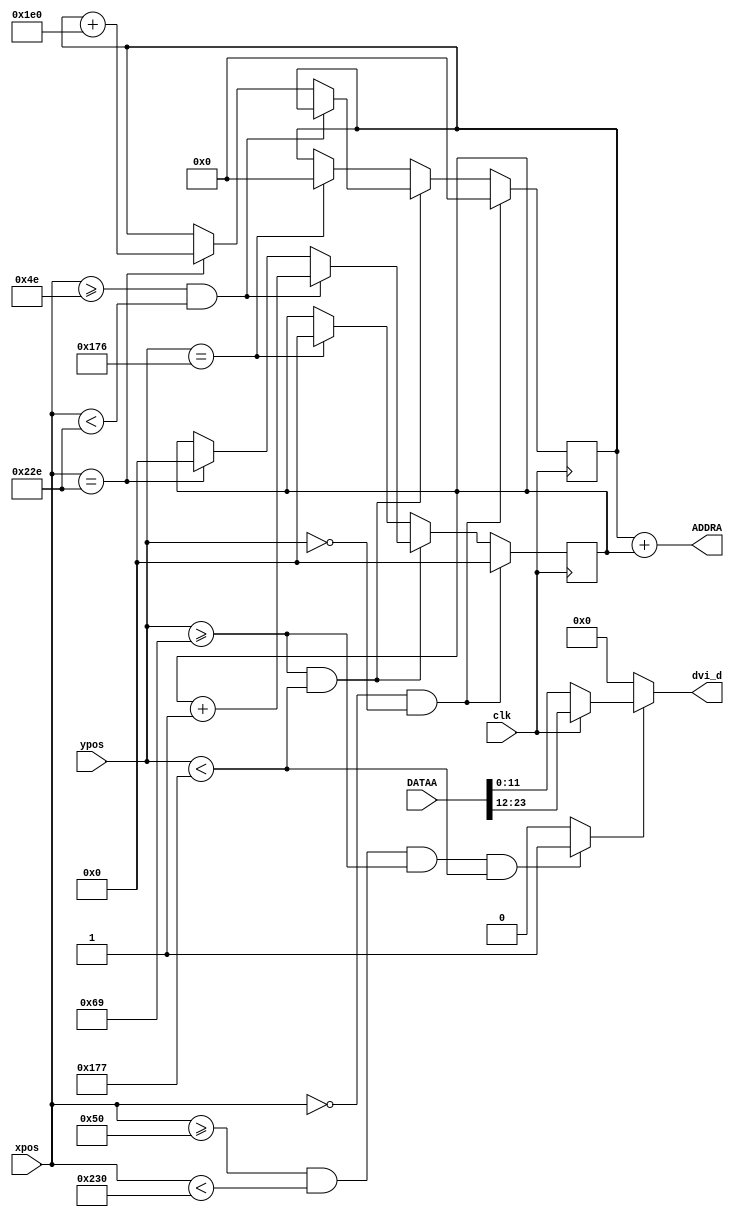
`timescale 1ns / 1ps
//////////////////////////////////////////////////////////////////////////////////
// Company: 
// Engineer: 
// 
// Design Name: 
// Module Name:    draw 
// Project Name: 
// Target Devices: 
// Tool versions: 
// Description: 
//
// Dependencies: 
//
// Revision: 
// Revision 0.01 - File Created
// Additional Comments: 
//
//////////////////////////////////////////////////////////////////////////////////
module draw(
	input		 	  clk,
	input		[9:0]xpos,
	input		[9:0]ypos,
	input		[23:0]DATAA,
	output	[16:0]ADDRA,
	output	[11:0]dvi_d
    );
	wire valid;
	assign valid = ((xpos>=10'd80)&&(xpos<10'd560)&&(ypos>=10'd105)&&(ypos<10'd375))?1'b1:1'b0;//rom
	
	reg [16:0]base;	//
	reg [8:0]offset;	//
	always@(posedge clk)
	begin
		if((xpos==0)&&(ypos==0))
		begin
			base <= 0;
			offset <= 0;
		end
		else if((ypos>=105)&&(ypos<375))
		begin
			if((xpos>=78)&&(xpos<558))
			begin
				offset <= offset + 1; 
				base   <= base;
			end
			else if(xpos==558)
			begin
				offset <= 0;
				base   <= base + 480;
			end
			else 
			begin
				offset <= offset;
				base   <= base;
			end
		end
		else if(ypos==374)
		begin
			offset <= 0;
			base   <= 0;
		end
		else
		begin
			offset <= offset;
			base   <= base;
		end
	end
	
	assign ADDRA = base+offset;
	
/*	reg [7:0]RED,GREEN,BLUE;
	always@(posedge clk)
	begin
		if(valid)
		begin
			RED   = DATAA[23:16];
			GREEN = DATAA[15:8];
			BLUE  = DATAA[7:0];
		end
		else
		begin
			RED 	= 8'b0;
			GREEN = 8'b0;
			BLUE 	= 8'b0;
		end
	end

	assign dvi_d = clk?{RED[7:0],GREEN[7:4]}:{GREEN[3:0],BLUE[7:0]};*/
	assign dvi_d = (~valid)?12'b0:
									(clk?{DATAA[23:16],DATAA[15:12]}:
										 {DATAA[11:8],DATAA[7:0]});
	
endmodule